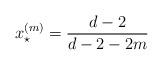
LaTeX: \begin{align*} x^{(m)}_\star = \frac{d-2}{d-2-2m}\end{align*}